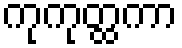
ကုကုတ္ထကာ